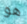
هو